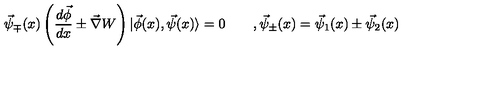
\vec { \psi } _ { \mp } ( x ) \left( \frac { d \vec { \phi } } { d x } \pm \vec { \nabla } W \right) | \vec { \phi } ( x ) , \vec { \psi } ( x ) \rangle = 0 \qquad , \vec { \psi } _ { \pm } ( x ) = \vec { \psi } _ { 1 } ( x ) \pm \vec { \psi } _ { 2 } ( x )